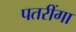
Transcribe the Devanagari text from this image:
पतरींगा